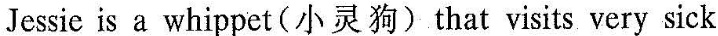
Jessie is a whippet(小灵狗)that visitsvery sick